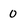
Character: 0